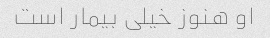
او هنوز خیلی بیمار است